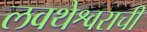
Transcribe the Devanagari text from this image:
लवथेश्वराची